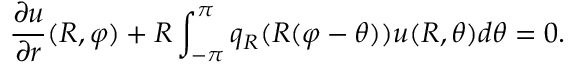
{ \frac { \partial u } { \partial r } } ( R , \varphi ) + R \int _ { - \pi } ^ { \pi } q _ { R } ( R ( \varphi - \theta ) ) u ( R , \theta ) d \theta = 0 .